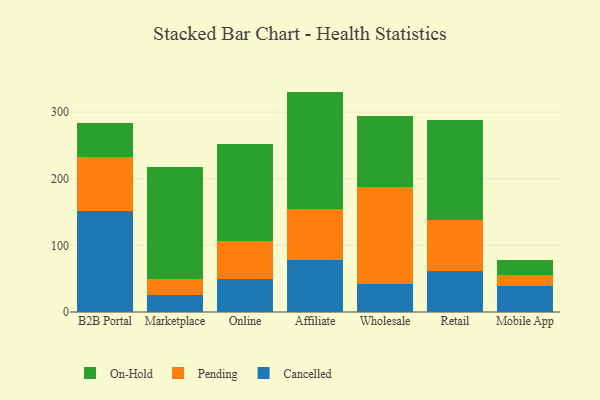
{"axis": {"x": "Channel", "y": "Tickets Resolved"}, "legend": ["Cancelled", "On-Hold", "Pending"], "data": [{"x": "B2B Portal", "y": 152.2, "type": "Cancelled"}, {"x": "B2B Portal", "y": 80.0, "type": "Pending"}, {"x": "B2B Portal", "y": 51.2, "type": "On-Hold"}, {"x": "Marketplace", "y": 25.4, "type": "Cancelled"}, {"x": "Marketplace", "y": 23.4, "type": "Pending"}, {"x": "Marketplace", "y": 168.4, "type": "On-Hold"}, {"x": "Online", "y": 49.8, "type": "Cancelled"}, {"x": "Online", "y": 57.5, "type": "Pending"}, {"x": "Online", "y": 145.3, "type": "On-Hold"}, {"x": "Affiliate", "y": 78.1, "type": "Cancelled"}, {"x": "Affiliate", "y": 76.8, "type": "Pending"}, {"x": "Affiliate", "y": 175.9, "type": "On-Hold"}, {"x": "Wholesale", "y": 41.7, "type": "Cancelled"}, {"x": "Wholesale", "y": 146.0, "type": "Pending"}, {"x": "Wholesale", "y": 107.0, "type": "On-Hold"}, {"x": "Retail", "y": 61.2, "type": "Cancelled"}, {"x": "Retail", "y": 76.4, "type": "Pending"}, {"x": "Retail", "y": 150.9, "type": "On-Hold"}, {"x": "Mobile App", "y": 38.3, "type": "Cancelled"}, {"x": "Mobile App", "y": 16.7, "type": "Pending"}, {"x": "Mobile App", "y": 23.2, "type": "On-Hold"}]}